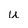
Character: u